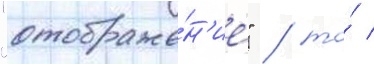
"отображе́н'ие" / то́ /